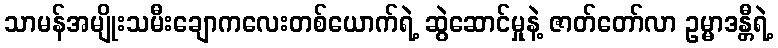
သာမန်အမျိုးသမီးချောကလေးတစ်ယောက်ရဲ့ ဆွဲဆောင်မှုနဲ့ ဇာတ်တော်လာ ဥမ္မာဒန္တီရဲ့